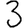
Digit: 3